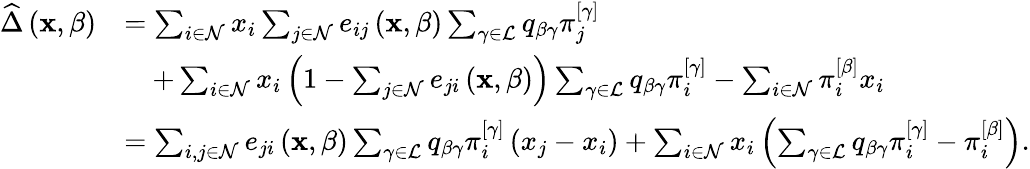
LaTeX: \begin{array}{rl}{\widehat{\Delta}\left(\mathbf{x},\beta\right)}&{=\sum_{i\in\mathcal{N}}x_{i}\sum_{j\in\mathcal{N}}e_{ij}\left(\mathbf{x},\beta\right)\sum_{\gamma\in\mathcal{L}}q_{\beta\gamma}\pi_{j}^{\left[\gamma\right]}}\\ &{\quad+\sum_{i\in\mathcal{N}}x_{i}\left(1-\sum_{j\in\mathcal{N}}e_{ji}\left(\mathbf{x},\beta\right)\right)\sum_{\gamma\in\mathcal{L}}q_{\beta\gamma}\pi_{i}^{\left[\gamma\right]}-\sum_{i\in\mathcal{N}}\pi_{i}^{\left[\beta\right]}x_{i}}\\ &{=\sum_{i,j\in\mathcal{N}}e_{ji}\left(\mathbf{x},\beta\right)\sum_{\gamma\in\mathcal{L}}q_{\beta\gamma}\pi_{i}^{\left[\gamma\right]}\left(x_{j}-x_{i}\right)+\sum_{i\in\mathcal{N}}x_{i}\left(\sum_{\gamma\in\mathcal{L}}q_{\beta\gamma}\pi_{i}^{\left[\gamma\right]}-\pi_{i}^{\left[\beta\right]}\right).}\end{array}